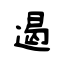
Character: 遏